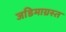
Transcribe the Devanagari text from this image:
जडिमाग्रस्त